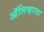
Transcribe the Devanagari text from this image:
ऑलिव्हरला